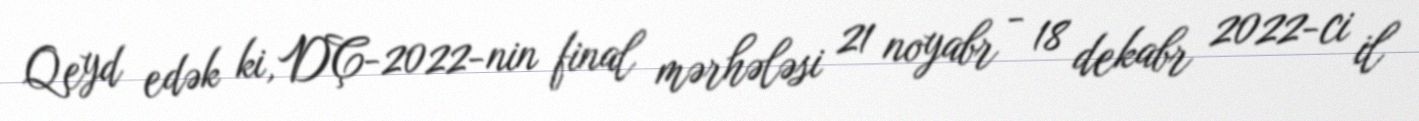
Qeyd edək ki, DÇ-2022-nin final mərhələsi 21 noyabr - 18 dekabr 2022-ci il